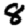
Digit: 8